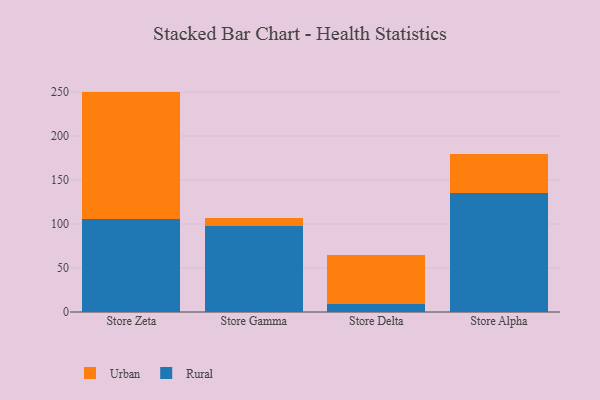
{"axis": {"x": "Store", "y": "Production Output"}, "legend": ["Rural", "Urban"], "data": [{"x": "Store Zeta", "y": 105.9, "type": "Rural"}, {"x": "Store Zeta", "y": 144.6, "type": "Urban"}, {"x": "Store Gamma", "y": 98.1, "type": "Rural"}, {"x": "Store Gamma", "y": 8.5, "type": "Urban"}, {"x": "Store Delta", "y": 9.5, "type": "Rural"}, {"x": "Store Delta", "y": 55.2, "type": "Urban"}, {"x": "Store Alpha", "y": 134.8, "type": "Rural"}, {"x": "Store Alpha", "y": 44.8, "type": "Urban"}]}